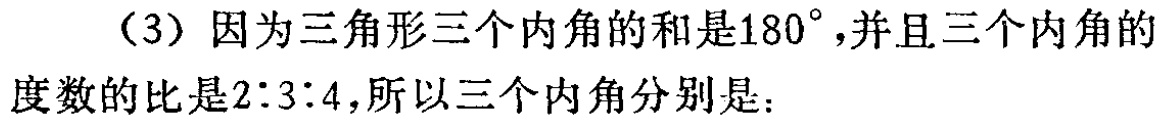
（3）因为三角形三个内角的和是\(180^{\circ}\)，并且三个内角的度数的比是\(2:3:4\)，所以三个内角分别是：